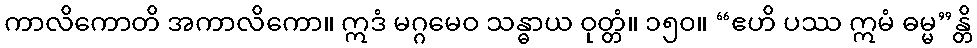
ကာလိကောတိ အကာလိကော။ ဣဒံ မဂ္ဂမေဝ သန္ဓာယ ဝုတ္တံ။ ၁၅၀။ “ဧဟိ ပဿ ဣမံ ဓမ္မ”န္တိ